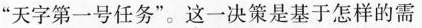
”天字第一号任务”。这一决策是基于怎样的需